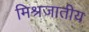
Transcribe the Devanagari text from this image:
मिश्रजातीय